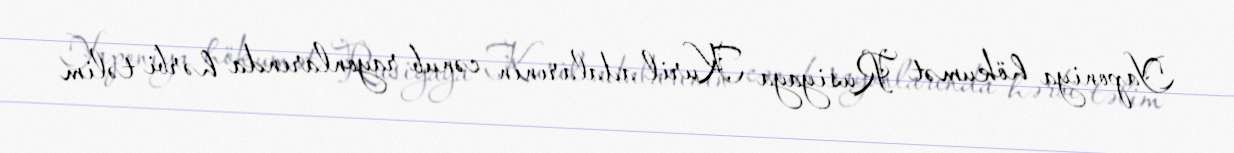
Yaponiya hökumət Rusiyaya Kuril adalarının cənub rayonlarında hərbi təlim